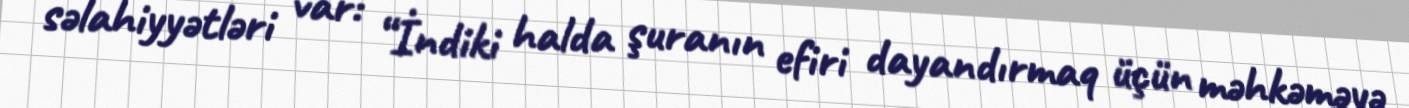
səlahiyyətləri var: “İndiki halda şuranın efiri dayandırmaq üçün məhkəməyə